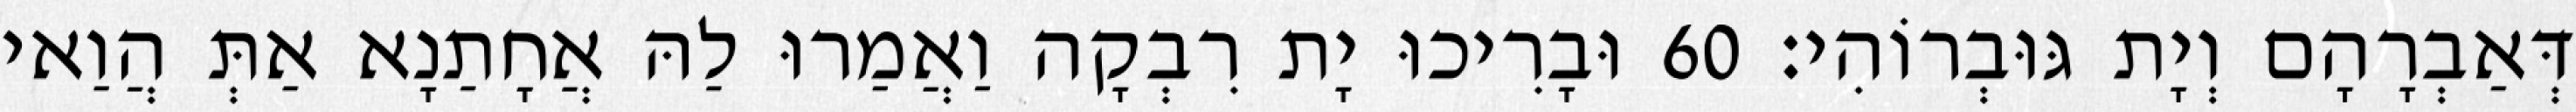
דְּאַבְרָהָם וְיָת גּוּבְרוֹהִי׃ 60 וּבָרִיכוּ יָת רִבְקָה וַאֲמַרוּ לַהּ אֲחָתַנָא אַתְּ הֲוַאי